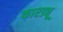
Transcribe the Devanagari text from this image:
कारड्यू